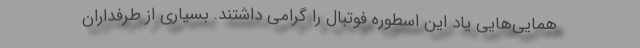
همایی‌هایی یاد این اسطوره فوتبال را گرامی داشتند. بسیاری از طرفداران